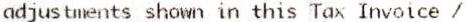
ADJUSTMENTS SHOWN IN THIS TAX INVOICE /